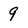
Character: 9